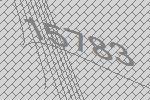
15783